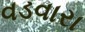
વડવારા